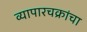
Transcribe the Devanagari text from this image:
व्यापारचक्रांचा